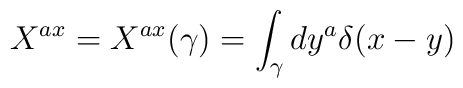
X^{ax} = X^{ax} (\gamma) = \int_{\gamma} dy^a \delta (x - y)